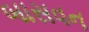
બાસવન